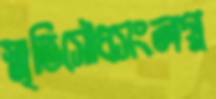
স্মৃতিসৌধসংলগ্ন